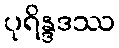
ပုရိန္ဒဒဿ